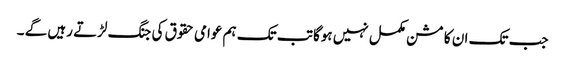
جب تک ان کا مشن مکمل نہیں ہوگا تب تک ہم عوامی حقوق کی جنگ لڑتے رہیں گے ۔